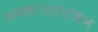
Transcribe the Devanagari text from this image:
अवकाशसंशोधन